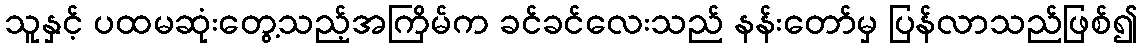
သူနှင့် ပထမဆုံးတွေ့သည့်အကြိမ်က ခင်ခင်လေးသည် နန်းတော်မှ ပြန်လာသည်ဖြစ်၍